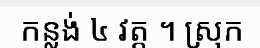
កន្លង់ ៤ វត្ត ។ ស្រុក